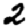
Digit: 2